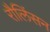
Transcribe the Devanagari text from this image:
रौलिंसन